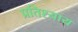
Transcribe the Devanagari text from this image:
प्रतिश्‍याय